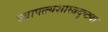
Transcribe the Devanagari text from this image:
स्थापत्त्यशास्त्रदृष्ट्या